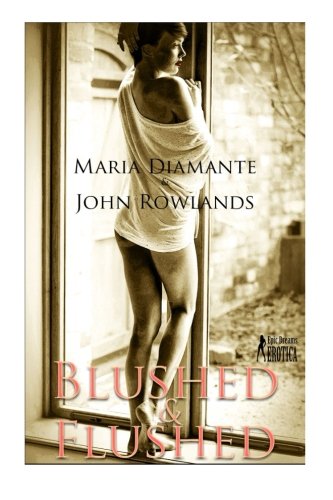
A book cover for Blushed and Flushed: Twelve erotic short stories for women; Maria Diamante; Romance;